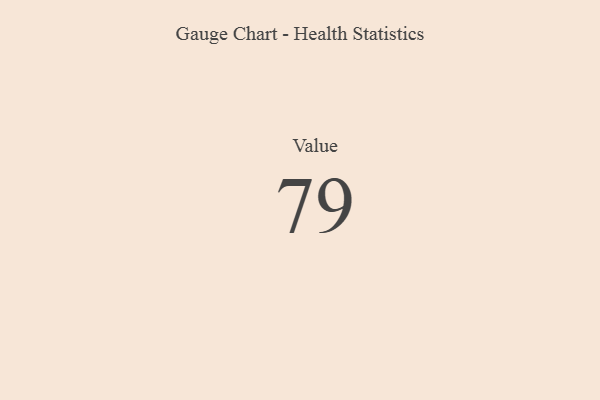
{"axis": {"x": "Metric", "y": "Value"}, "legend": [""], "data": [{"x": "Value", "y": 79, "type": ""}]}